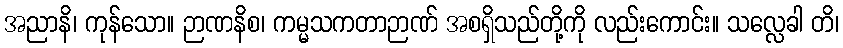
အညာနိ၊ ကုန်သော။ ဉာဏနိစ၊ ကမ္မသကတာဉာဏ် အစရှိသည်တို့ကို လည်းကောင်း။ သလ္လေခါ တိ၊